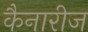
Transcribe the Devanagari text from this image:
कैनारीज